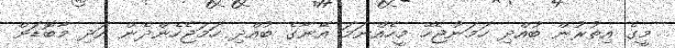
މީގެ އިތުރުން ބުއްދި ހަމަނުޖެހޭ މީހެއްނަމަ އޭނާގެ ބުއްދި ހަމަޖެހެންދެން އަދި މާބޮޑަށް